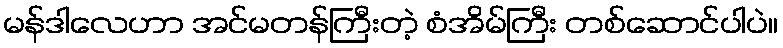
မန်ဒါလေဟာ အင်မတန်ကြီးတဲ့ စံအိမ်ကြီး တစ်ဆောင်ပါပဲ။